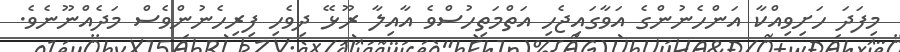
މިފަދަ ހަށިވިއްކާ އަންހެނުންގެ އަވާގައިޖެހި އަތްމަތިހުސްވެ އާއިލާ ރޫޅޭ ދިވެހި ފިރިހެނުންވެސް މަދެއްނޫނެވެ.